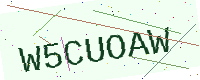
Text: W5CUOAW